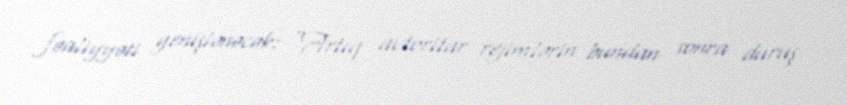
fəaliyyəti genişlənəcək: “Artıq avtoritar rejimlərin bundan sonra duruş